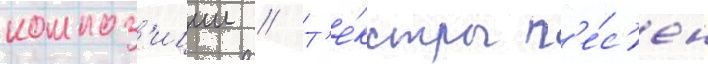
композ'иции // Т'е́ксты п'е́с'ен